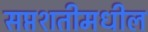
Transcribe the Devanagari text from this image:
सप्तशतीमधील